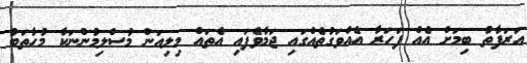
އަރަފާތު ބިމަށް އެއް ފަހަރާ އެއްވަގުތެއްގައި ޖަމާވެފައި އެތައް މިލިއަން މުސްލިމުންނަކާ މުހާތަބު